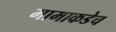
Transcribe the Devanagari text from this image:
मामाकडेच